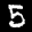
Label: 5